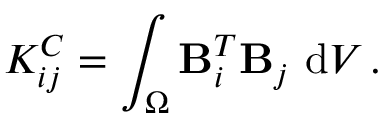
K _ { i j } ^ { C } = \int _ { \Omega } \mathbf { B } _ { i } ^ { T } \mathbf { B } _ { j } \ \mathrm { d } V \, .